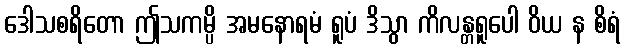
ဒေါသစရိတော ဤသကမ္ပိ အမနောရမံ ရူပံ ဒိသွာ ကိလန္တရူပေါ ဝိယ န စိရံ